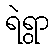
ရဲရွာ